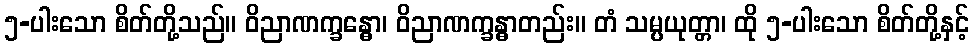
၅-ပါးသော စိတ်တို့သည်။ ဝိညာဏက္ခန္ဓော၊ ဝိညာဏက္ခန္ဓာတည်း။ တံ သမ္ပယုတ္တာ၊ ထို ၅-ပါးသော စိတ်တို့နှင့်